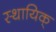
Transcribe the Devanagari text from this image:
स्थायिक्